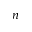
_ { n }